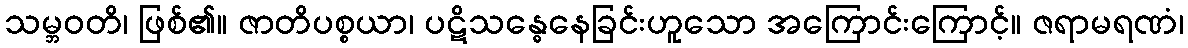
သမ္ဘဝတိ၊ ဖြစ်၏။ ဇာတိပစ္စယာ၊ ပဋိသန္ဓေနေခြင်းဟူသော အကြောင်းကြောင့်။ ဇရာမရဏံ၊